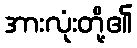
အားလုံးတို့၏